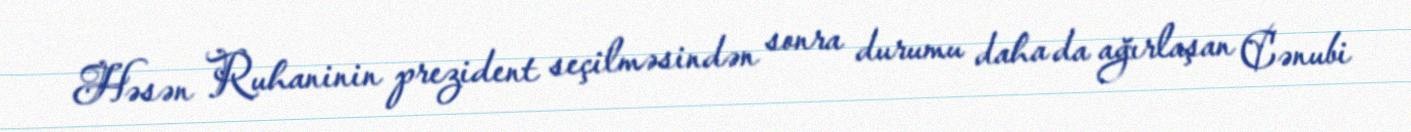
Həsən Ruhaninin prezident seçilməsindən sonra durumu daha da ağırlaşan Cənubi